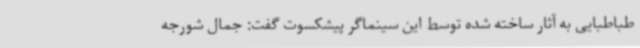
طباطبایی به آثار ساخته شده توسط این سینماگر پیشکسوت گفت: جمال شورجه